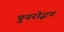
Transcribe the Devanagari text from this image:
पुनरोद्भव